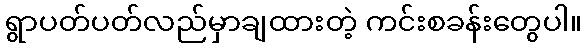
ရွာပတ်ပတ်လည်မှာချထားတဲ့ ကင်းစခန်းတွေပါ။